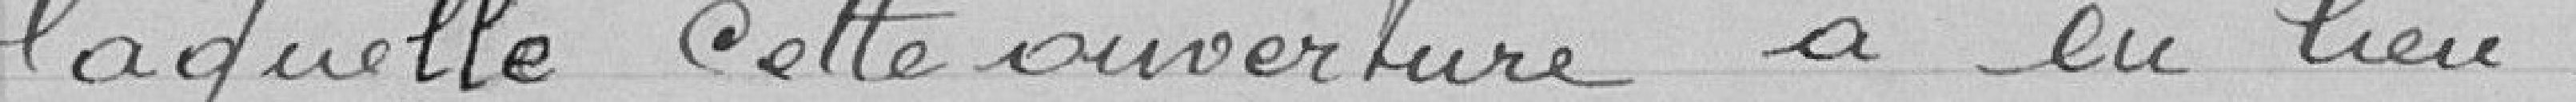
laquelle cette ouverture a eu lieu.